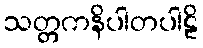
သတ္တကနိပါတပါဠိ